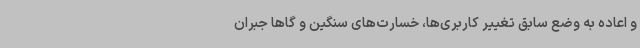
و اعاده به وضع سابق تغییر کاربری‌ها، خسارت‌های سنگین و گاهاً جبران